Lunatic asylums in Bengal annual reports 1912-1924 - 1912-1924
Year: 1912
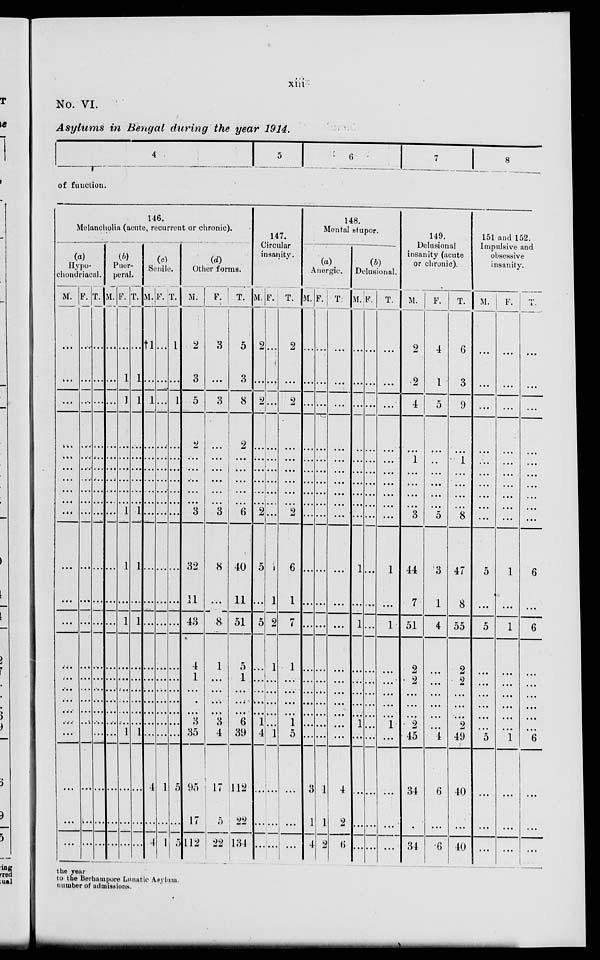
xiii
No. VI.
Asylums in Bengal during the year 1914.
4
5
6
7
8
of function.
146.
Melancholia (acute, recurrent or chronic).
(a)
Hypo-
chondriacal.
M.
...
...
...
...
...
...
...
...
...
...
...
...
...
...
...
...
...
...
...
...
...
...
...
F.
...
...
...
...
...
...
...
...
...
...
...
...
...
...
...
...
...
...
...
...
...
...
...
T.
...
...
...
...
...
...
...
...
...
...
...
...
...
...
...
...
...
...
...
...
...
...
...
(b)
Puer-
peral.
M.
...
...
...
...
...
...
...
...
...
...
...
...
...
...
...
...
...
...
...
...
...
...
...
F.
...
1
1
...
...
...
...
...
...
1
1
...
1
...
...
...
...
...
...
1
...
...
...
T.
...
1
1
...
...
...
...
...
...
1
1
...
1
...
...
...
...
...
...
1
...
...
...
(c)
Senile.
M.
†1
...
1
...
...
...
...
...
...
...
...
...
...
...
...
...
...
...
...
...
4
...
4
F.
...
...
...
...
...
...
...
...
...
...
...
...
...
...
...
...
...
...
...
...
1
...
1
T.
1
...
1
...
...
...
...
...
...
...
...
...
...
...
...
...
...
...
...
...
5
...
5
(d)
Other forms.
M.
2
3
5
2
...
...
...
...
...
3
32
11
43
4
1
...
...
...
3
35
95
17
112
F.
3
...
3
...
...
...
...
...
...
3
8
...
8
1
...
...
...
...
3
4
17
5
22
T.
5
3
8
2
...
...
...
...
...
6
40
11
51
5
1
...
...
...
6
39
112
22
134
147.
Circular
insanity.
M.
2
...
2
...
...
...
...
...
...
2
5
...
5
...
...
...
...
...
1
4
...
...
...
F.
...
...
...
...
...
...
...
...
...
...
1
1
2
1
...
...
...
...
...
1
...
...
...
T.
2
...
2
...
...
...
...
...
...
2
6
1
7
1
...
...
...
...
1
5
...
...
...
148.
Mental stupor.
(a)
Anergic.
M.
...
...
...
...
...
...
...
...
...
...
...
...
...
...
...
...
...
...
...
...
3
1
4
F.
...
...
...
...
...
...
...
...
...
...
...
...
...
...
...
...
...
...
...
...
1
1
2
T.
...
...
...
...
...
...
...
...
...
...
...
...
...
...
...
...
...
...
...
...
4
2
6
(b)
Delusional.
M.
...
...
...
...
...
...
...
...
...
...
1
...
1
...
...
...
...
...
1
...
...
...
...
F.
...
...
...
...
...
...
...
...
...
...
...
...
...
...
...
...
...
...
...
...
...
...
...
T.
...
...
...
...
...
...
...
...
...
...
1
...
1
...
...
...
...
...
1
...
...
...
...
149.
Delusional
insanity (acute
or chronic).
M.
2
2
4
...
1
...
...
...
...
3
44
7
51
2
2
...
...
...
2
45
34
...
34
F.
4
1
5
...
...
...
...
...
...
5
3
1
4
...
...
...
...
...
...
4
6
...
6
T.
6
3
9
...
1
...
...
...
...
8
47
8
55
2
9
...
...
...
2
49
40
...
40
151 and 152.
Impulsive and
obsessive
insanity.
M.
...
...
...
...
...
...
...
...
...
...
5
...
5
...
...
...
...
...
...
5
...
...
...
F.
...
...
...
...
...
...
...
...
...
...
1
...
1
...
...
...
...
...
...
1
...
...
...
T.
...
...
...
...
...
...
...
...
...
...
6
...
6
...
...
...
...
...
...
6
...
...
...
the year
to the Berhampore Lunatic Asylum
number of admissions.